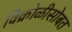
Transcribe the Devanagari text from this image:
विक्रोळीसोबत